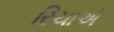
રિચાએ